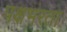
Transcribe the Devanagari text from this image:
पक्षभरता